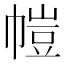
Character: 𫷋